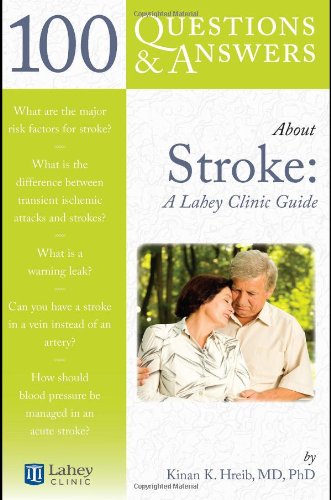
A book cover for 100 Questions  &  Answers About Stroke: A Lahey Clinic Guide; Kinan K Hreib; Health, Fitness & Dieting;